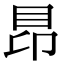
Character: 䀚